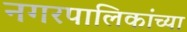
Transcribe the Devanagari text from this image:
नगरपालिकांच्या